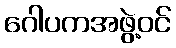
ဂေါပကအဖွဲ့ဝင်